65_HS1-834228961_62-HQ-83894_Section_7
Agency: FBI
Page 18
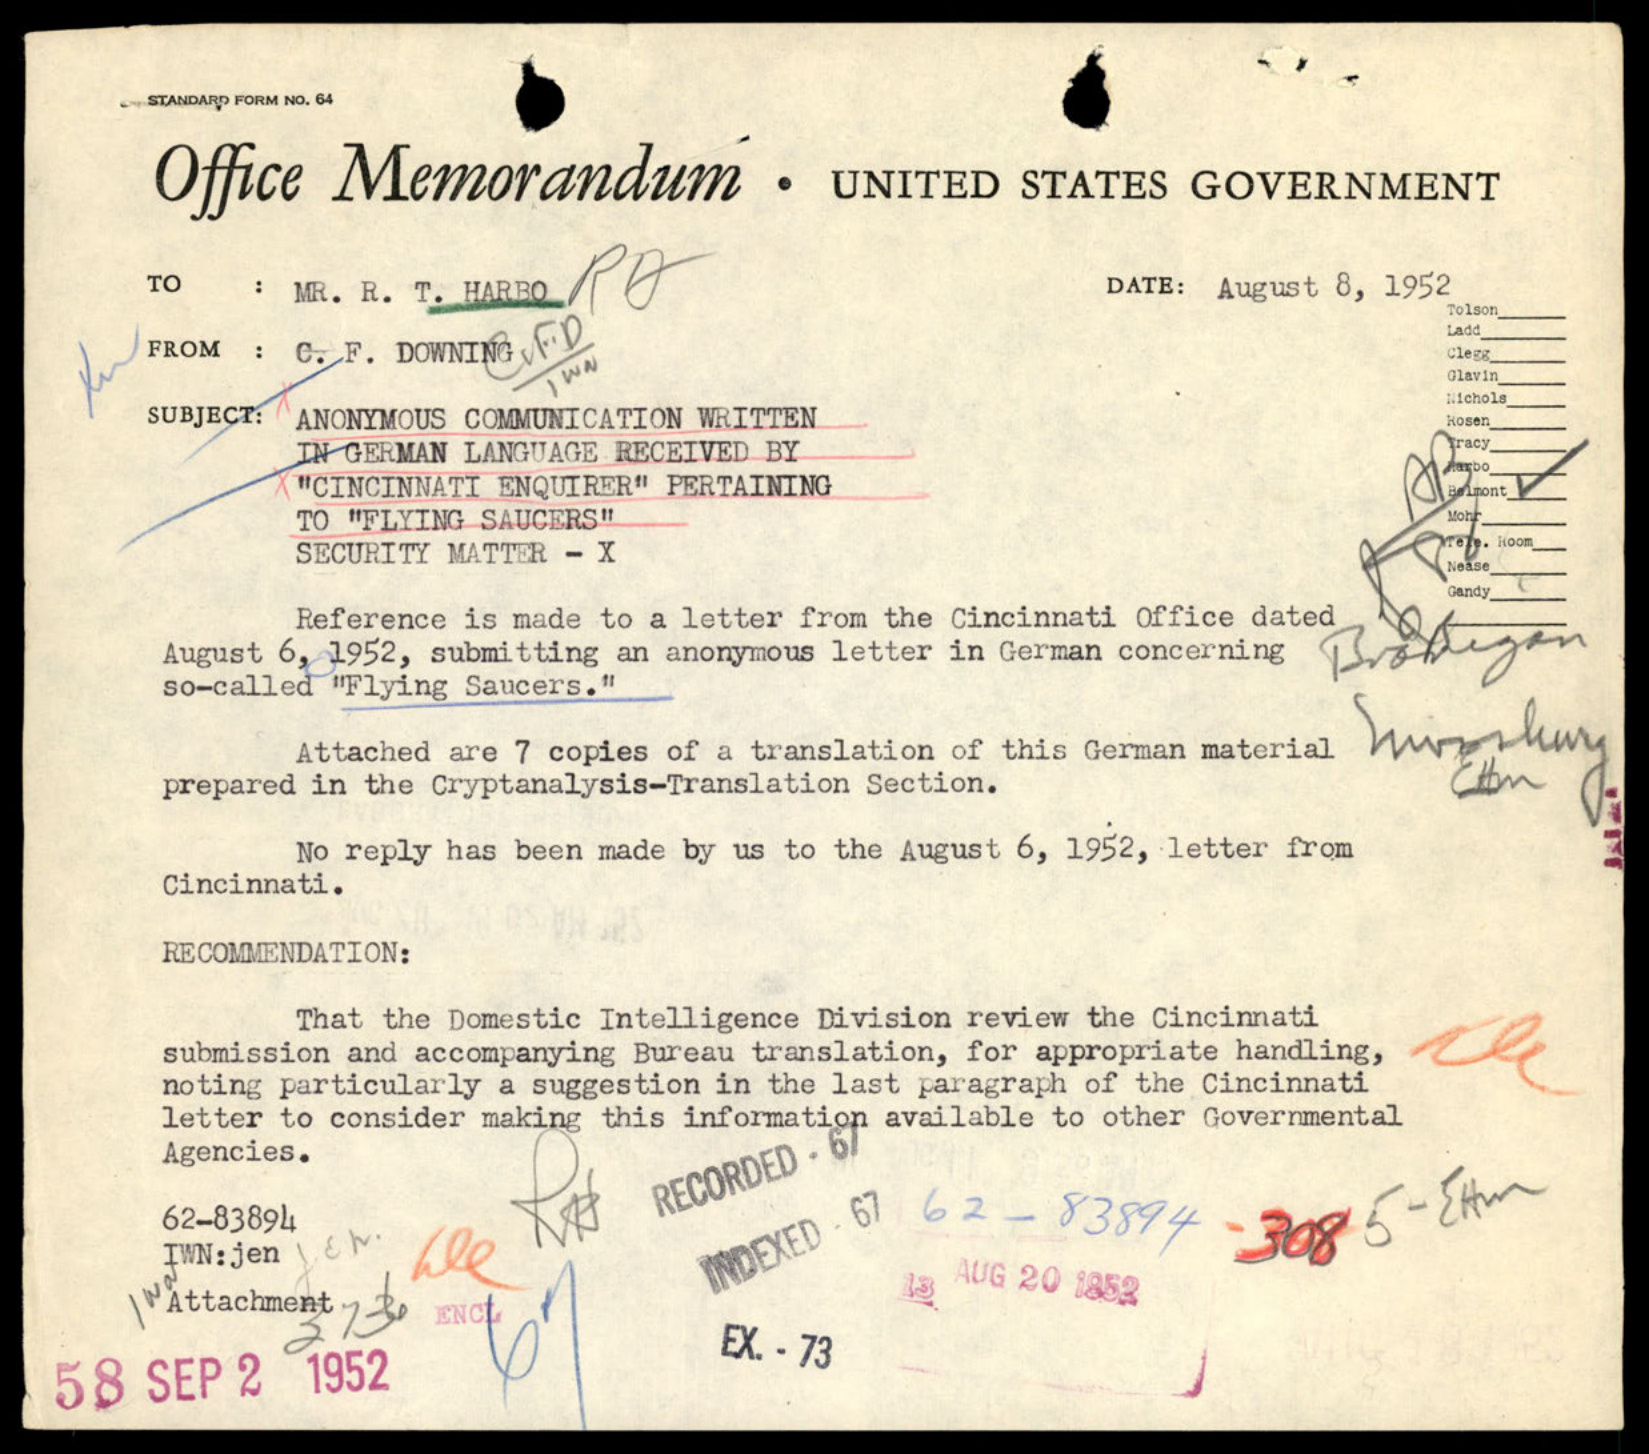